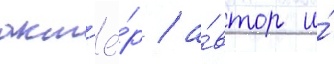
акт'ё́р / а́втор и́